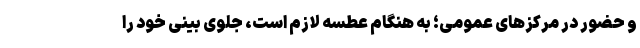
و حضور در مرکزهای عمومی؛ به‌ هنگام عطسه لازم است، جلوی بینی خود را